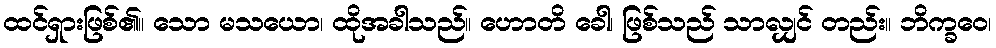
ထင်ရှားဖြစ်၏။ သော မသယော၊ ထိုအခါသည်။ ဟောတိ ခေါ၊ ဖြစ်သည် သာလျှင် တည်း။ ဘိက္ခဝေ၊